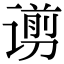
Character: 谫